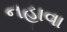
નહાવા